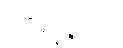
ဥဂ္ဂိရန္တဿ